Civil Veterinary Dept. North-West Frontier Province 1933-46 - 1933-1946
Year: 1933
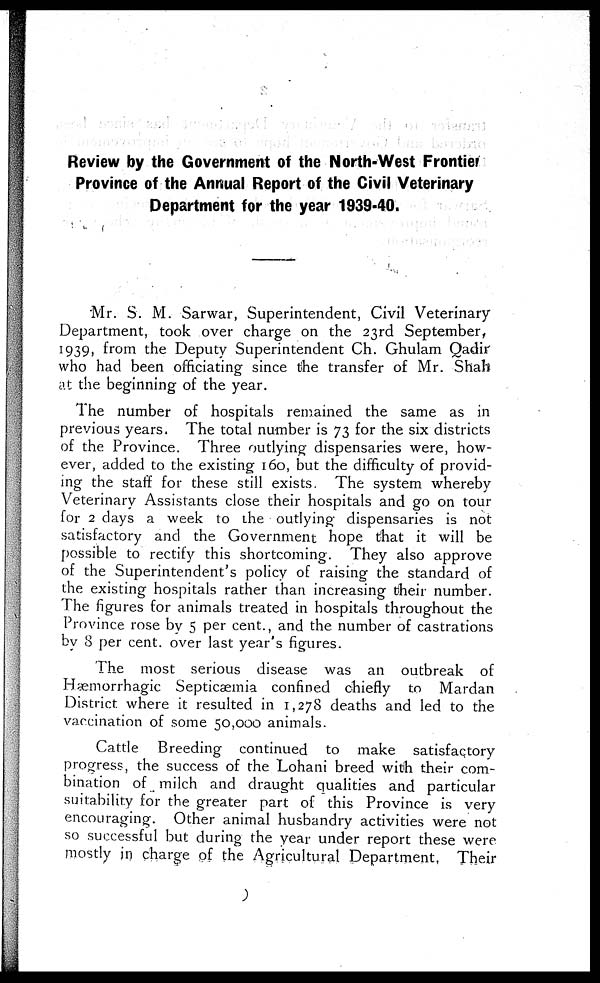
Review by the Government of the North-West Frontier
Province of the Annual Report of the Civil Veterinary
Department for the year 1939-40.
Mr. S. M. Sarwar, Superintendent, Civil Veterinary
Department, took over charge on the 23rd September,
1939, from the Deputy Superintendent Ch. Ghulam Qadir
who had been officiating since the transfer of Mr. Shah
at the beginning of the year.
The number of hospitals remained the same as in
previous years. The total number is 73 for the six districts
of the Province. Three outlying dispensaries were, how-
ever, added to the existing 160, but the difficulty of provid-
ing the staff for these still exists. The system whereby
Veterinary Assistants close their hospitals and go on tour
for 2 days a week to the outlying dispensaries is not
satisfactory and the Government hope that it will be
possible to rectify this shortcoming. They also approve
of the Superintendent's policy of raising the standard of
the existing hospitals rather than increasing their number.
The figures for animals treated in hospitals throughout the
Province rose by 5 per cent., and the number of castrations
by 8 per cent. over last year's figures.
The most serious disease was an outbreak of
Hæmorrhagic Septicaemia confined chiefly to Mardan
District where it resulted in 1,278 deaths and led to the
vaccination of some 50,000 animals.
Cattle Breeding continued to make satisfactory
progress, the success of the Lohani breed with their com-
bination of milch and draught qualities and particular
suitability for the greater part of this Province is very
encouraging. Other animal husbandry activities were not
so successful but during the year under report these were
mostly in charge of the Agricultural Department, Their